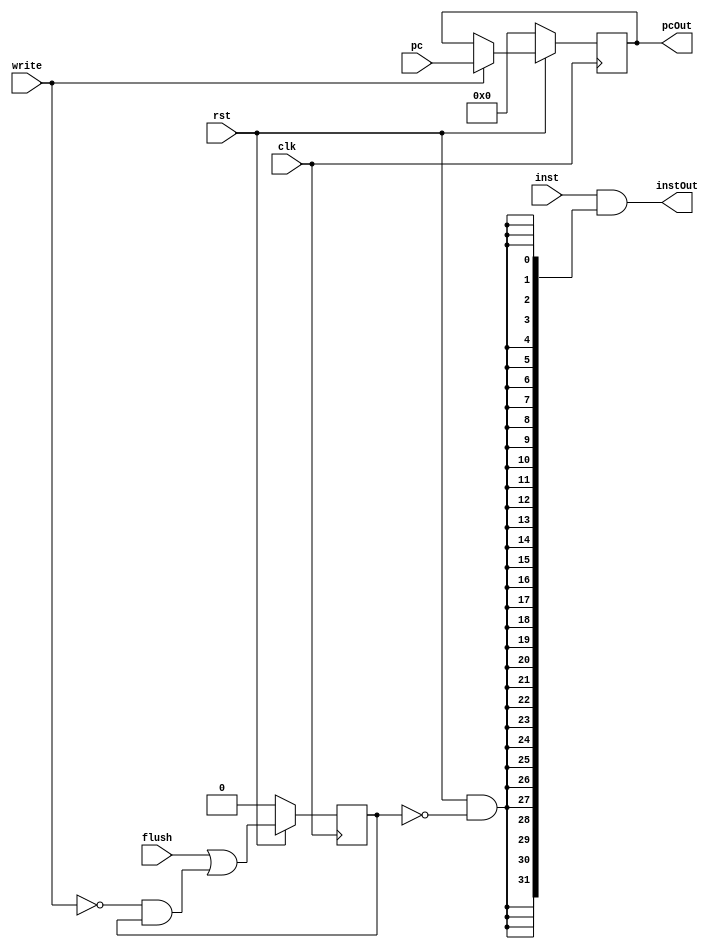
module IF(clk,write, rst,flush,inst,instOut,pc,pcOut);
input clk,write,rst, flush;
input[31:0] inst,pc;
output [31:0] instOut;
output reg[31:0] pcOut;

reg Flush;

assign instOut = {inst & {32{rst & !Flush}}};

always@(posedge clk)
begin
if(write)
begin
pcOut <= pc;
end

Flush <= flush | !write&Flush;

if(!rst)
begin
pcOut <= 32'h00000000;
Flush <= 1'b0;
end

end
endmodule